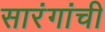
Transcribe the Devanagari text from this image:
सारंगांची